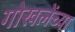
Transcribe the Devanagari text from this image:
गोखलेंच्या